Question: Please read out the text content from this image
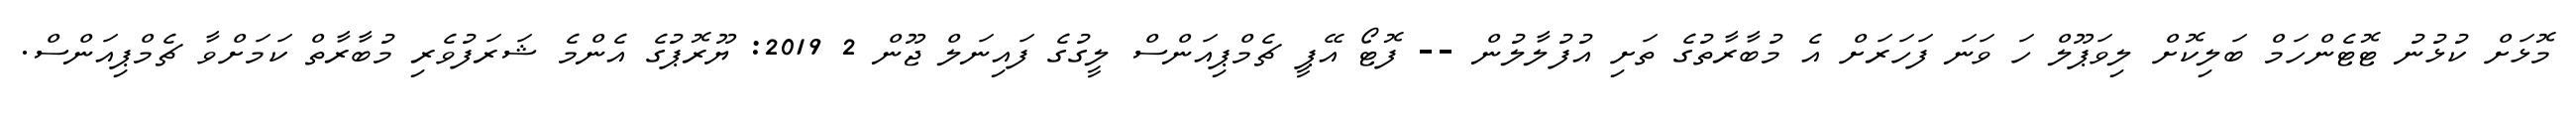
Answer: މޮޅަށް ކުޅުނު ޓޮޓެންހަމް ބަލިކޮށް ލިވަޕޫލް ހަ ވަނަ ފަހަރަށް އެ މުބާރާތުގެ ތަށި އުފުލާލުން -- ފޮޓޯ އޭޕީ ޗެމްޕިއަންސް ލީގުގެ ފައިނަލް ޖޫން 2 2019: ޔޫރޮޕުގެ އެންމެ ޝަރަފުވެރި މުބާރާތް ކަމަށްވާ ޗެމްޕިއަންސް.